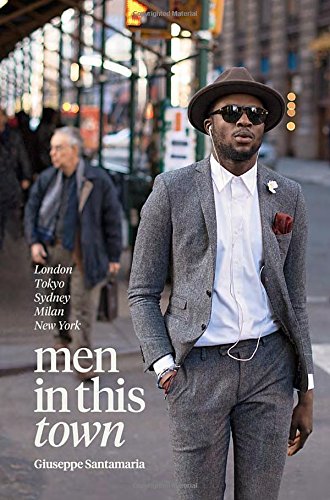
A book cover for Men In This Town: London, Tokyo, Sydney, Milan and New York; Giuseppe Santamaria; Humor & Entertainment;